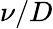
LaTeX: \nu/D